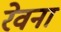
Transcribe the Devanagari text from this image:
रेवना